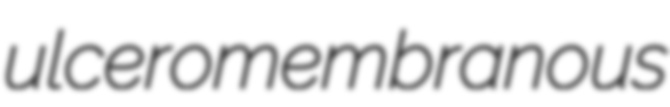
ulceromembranous